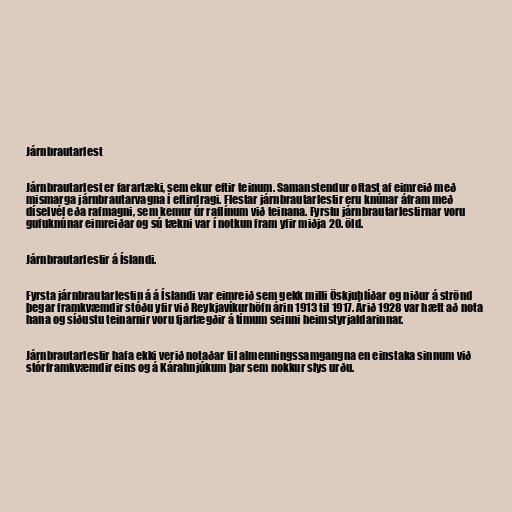
Járnbrautarlest

Járnbrautarlest er farartæki, sem ekur eftir teinum. Samanstendur oftast af eimreið með
mismarga járnbrautarvagna í eftirdragi. Flestar járnbrautarlestir eru knúnar áfram með
díselvél eða rafmagni, sem kemur úr raflínum við teinana. Fyrstu járnbrautarlestirnar voru
gufuknúnar eimreiðar og sú tækni var í notkun fram yfir miðja 20. öld.

Járnbrautarlestir á Íslandi.

Fyrsta járnbrautarlestin á á Íslandi var eimreið sem gekk milli Öskjuhlíðar og niður á strönd
þegar framkvæmdir stóðu yfir við Reykjavíkurhöfn árin 1913 til 1917. Árið 1928 var hætt að nota
hana og síðustu teinarnir voru fjarlægðir á tímum seinni heimstyrjaldarinnar.

Járnbrautarlestir hafa ekki verið notaðar til almenningssamgangna en einstaka sinnum við
stórframkvæmdir eins og á Kárahnjúkum þar sem nokkur slys urðu.